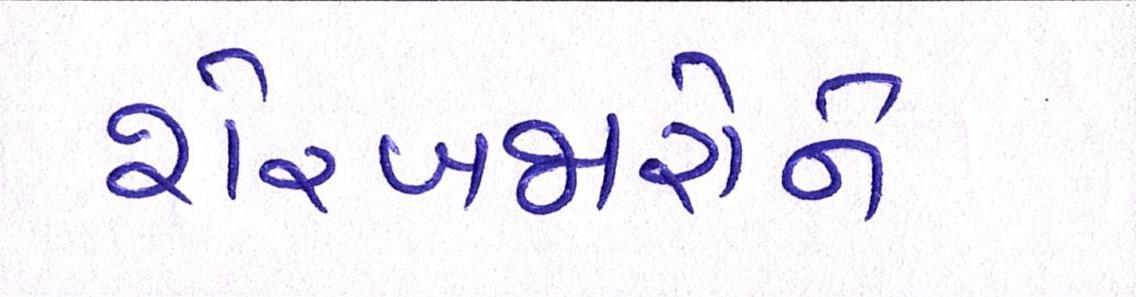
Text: શેરબજારોને